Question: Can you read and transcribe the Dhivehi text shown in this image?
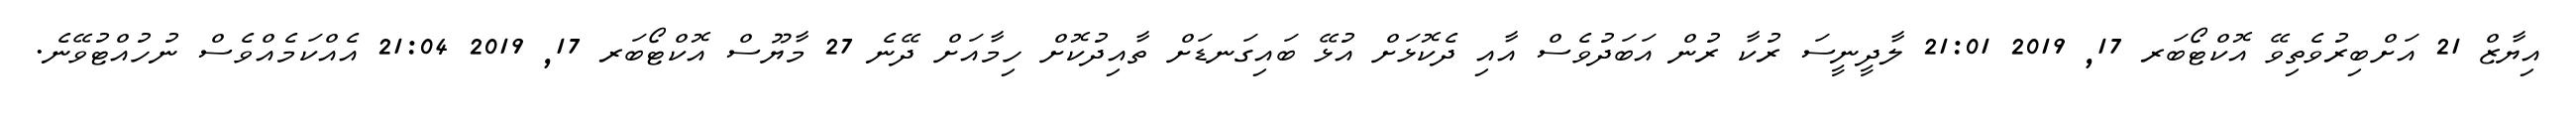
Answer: އިޔާޒް 21 އަށްބިރުވެތިވޭ އޮކްޓޯބަރ 17, 2019 21:01 ލާދީނީސަ ރުކާ ރުން އަބަދުވެސް އާއި ދެކޮޅަށް އުޅޭ ބައިގަނޑަށް ތާއިދުކޮށް ހިމާއަށް ދޭނެ 27 މާޔޫސް އޮކްޓޯބަރ 17, 2019 21:04 އެއްކަމެއްވެސް ނުހުއްޓުވޭނެ.